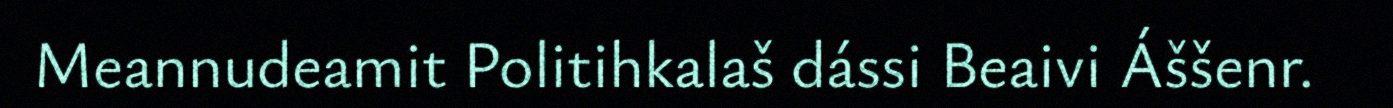
Meannudeamit Politihkalaš dássi Beaivi Áššenr.